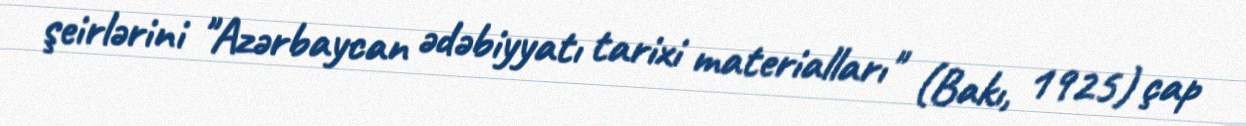
şeirlərini "Azərbaycan ədəbiyyatı tarixi materialları" (Bakı, 1925) çap